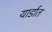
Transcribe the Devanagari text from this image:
यार्डात